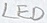
Text: LED